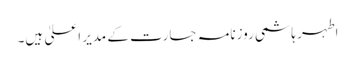
اطہر ہاشمی روزنامہ جسارت کے مدیرِ اعلیٰ ہیں۔